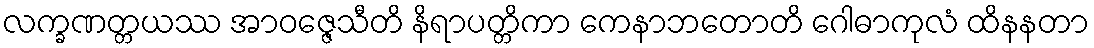
လက္ခဏတ္တယဿ အာဝဇ္ဇေသီတိ နိရာပတ္တိကာ ကေနာဘတောတိ ဂေါဓာကုလံ ထိနနတာ